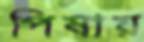
পিষায়